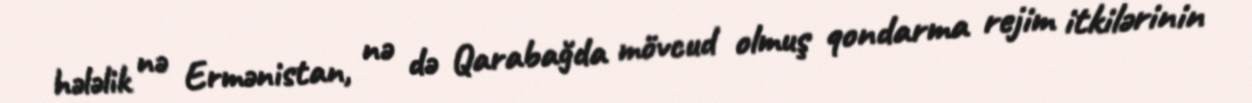
hələlik nə Ermənistan, nə də Qarabağda mövcud olmuş qondarma rejim itkilərinin